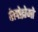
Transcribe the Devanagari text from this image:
वेलोद्रोमो